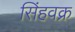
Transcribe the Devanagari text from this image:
सिंहवक्र